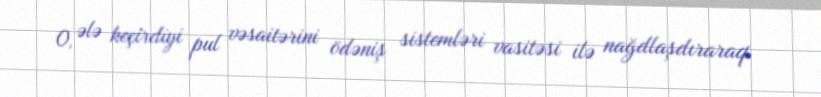
O, ələ keçirdiyi pul vəsaitərini ödəniş sistemləri vasitəsi ilə nağdlaşdıraraq